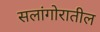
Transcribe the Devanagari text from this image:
सलांगोरातील